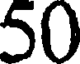
50